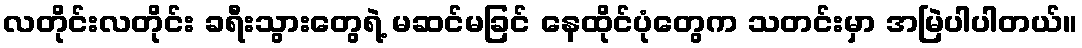
လတိုင်းလတိုင်း ခရီးသွားတွေရဲ့ မဆင်မခြင် နေထိုင်ပုံတွေက သတင်းမှာ အမြဲပါပါတယ်။